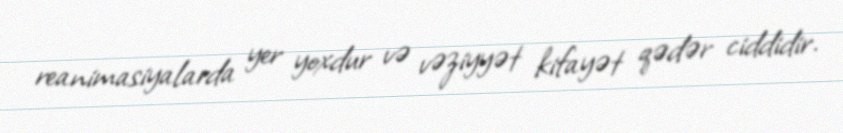
reanimasiyalarda yer yoxdur və vəziyyət kifayət qədər ciddidir.